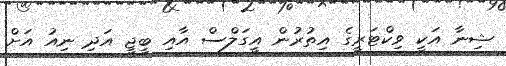
ޝިނާ އަކީ ވިކްޓަރީގެ އިތުރުން އީގަލްސް އާއި ބީޖީ އަދި ނިއު އަށް